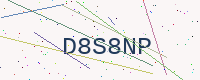
Text: D8S8NP